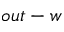
o u t - w